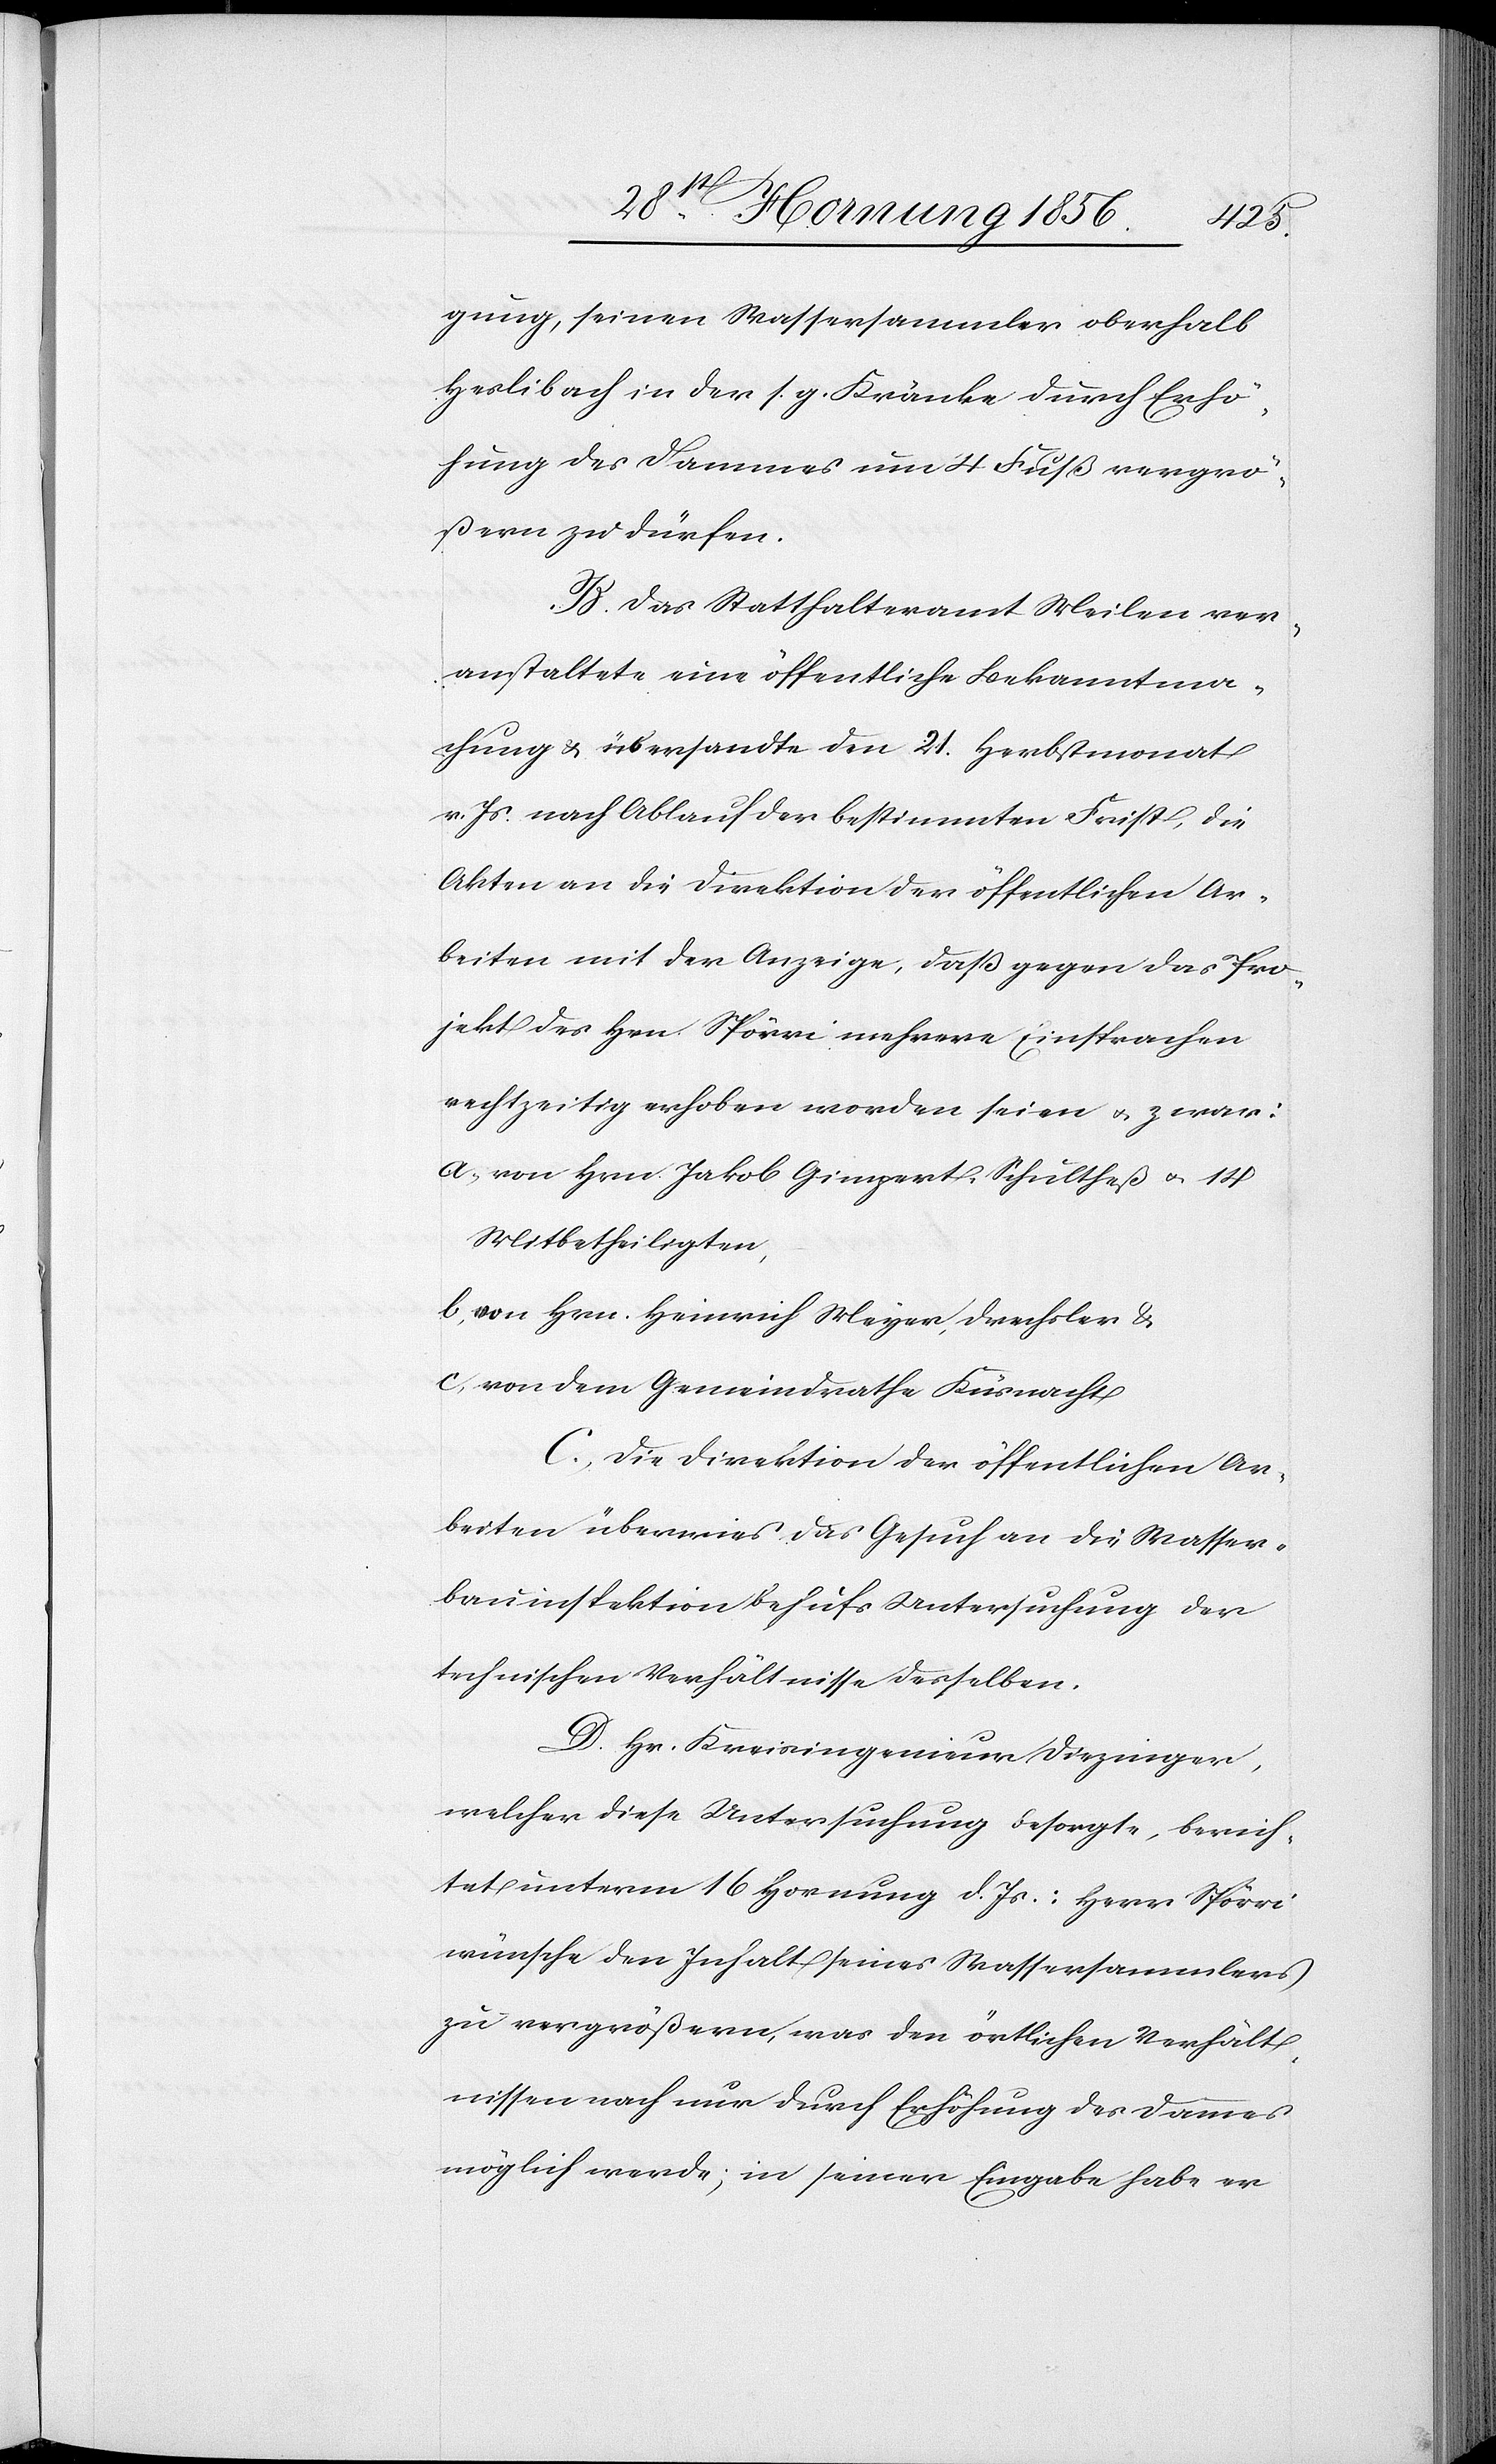
gung, seinen Wassersammler oberhalb
Heslibach in der s. g. Kränke durch Erhö¬
hung des Dammes um 4 Fuß vergrö¬
ßern zu dürfen.
B. Das Statthalteramt Meilen ver¬
anstaltete eine öffentliche Bekanntma¬
chung & übersandte den 21. Herbstmonat
v. Js. nach Ablauf der bestimmten Frist, die
Akten an die Direktion der öffentlichen Ar¬
beiten mit der Anzeige, daß gegen das Pro¬
jekt des Hrn. Spörri mehrere Einsprachen
rechtzeitig erhoben worden seien u. zwar:
a, von Hrn. Jakob Gimper, Schultheß u. 14
Mitbetheiligten,
b, von Hrn. Heinrich Meyer, Drechsler &
c, von dem Gemeindrathe Küsnacht
C., Die Direktion der öffentlichen Ar¬
beiten überwies das Gesuch an die Wasser¬
bauinspektion behufs Untersuchung der
technischen Verhältnisse desselben.
D. Hr. Kreisingenieur Diezeinger,
welcher diese Untersuchung besorgte, berich¬
tet unterm 16 Hornung d. Js.: Herr Spörri
wünsche den Inhalt seines Wassersammlers
zu vergrößern, was den örtlichen Verhält¬
nissen nach nur durch Erhöhung des Dammes
möglich werde; in seiner Eingabe habe er